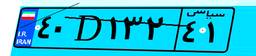
۵۹D۶۳۹۲۲